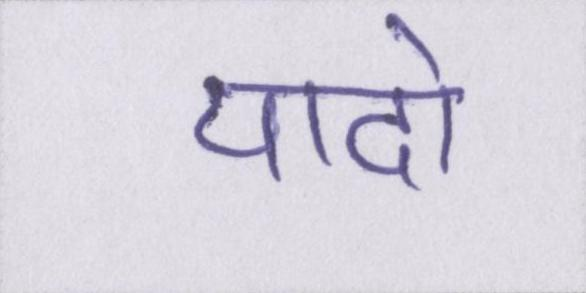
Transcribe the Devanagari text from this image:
यादो